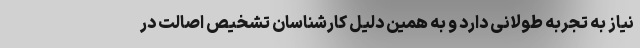
نیاز به تجربه طولانی دارد و به همین دلیل کارشناسان تشخیص اصالت در